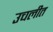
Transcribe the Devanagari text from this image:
उचलीत